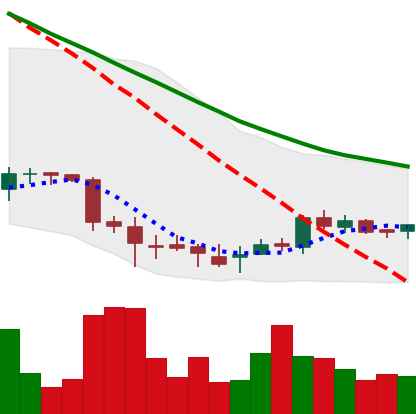
Ticker: DOGE-USD
Chart end date: 2018-07-07
Forward return: -12.817%
Label: down_7plus